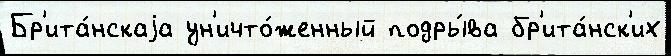
Бр'ита́нскаjа ун'ичто́женный подры́ва бр'ита́нск'их